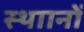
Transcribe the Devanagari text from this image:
स्थाानों